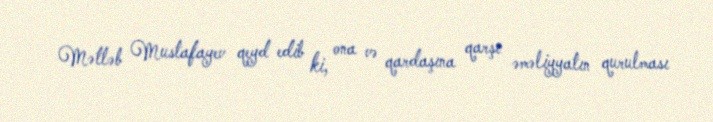
Mətləb Mustafayev qeyd edib ki, ona və qardaşına qarşı əməliyyatın qurulması